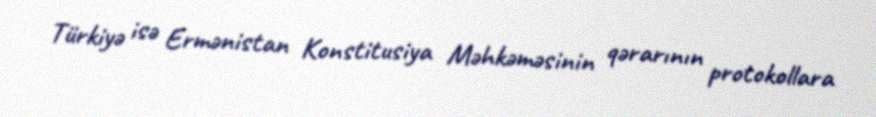
Türkiyə isə Ermənistan Konstitusiya Məhkəməsinin qərarının protokollara